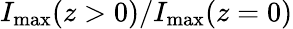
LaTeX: I_{\mathrm{max}}(z>0)/I_{\mathrm{max}}(z=0)